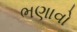
ભણાવો